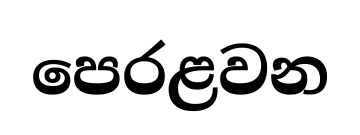
පෙරළවන